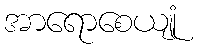
အာရောစေယျုံ